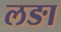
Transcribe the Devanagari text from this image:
लङा